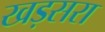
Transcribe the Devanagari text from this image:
खड़सरा